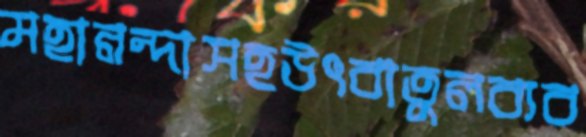
মহানন্দাসহউৎবাতুলব্যব